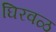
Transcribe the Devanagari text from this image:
घिरवळ